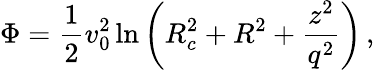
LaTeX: \Phi=\frac{1}{2}v_{0}^{2}\ln\bigg(R_{c}^{2}+R^{2}+\frac{z^{2}}{q^{2}}\bigg)\, ,